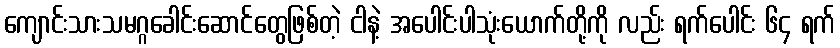
ကျောင်းသားသမဂ္ဂခေါင်းဆောင်တွေဖြစ်တဲ့ ငါနဲ့ အပေါင်းပါသုံးယောက်တို့ကို လည်း ရက်ပေါင်း ၆၄ ရက်